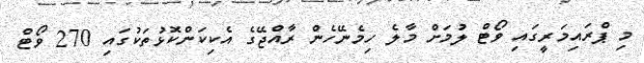
މި ޕްރައިމަރީގައި ވޯޓް ލުމަށް މާލެ ހިމެނޭހެން ރާއްޖޭގެ އެކިކަންކޮޅުތަކުގައި 270 ވޯޓް